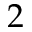
2